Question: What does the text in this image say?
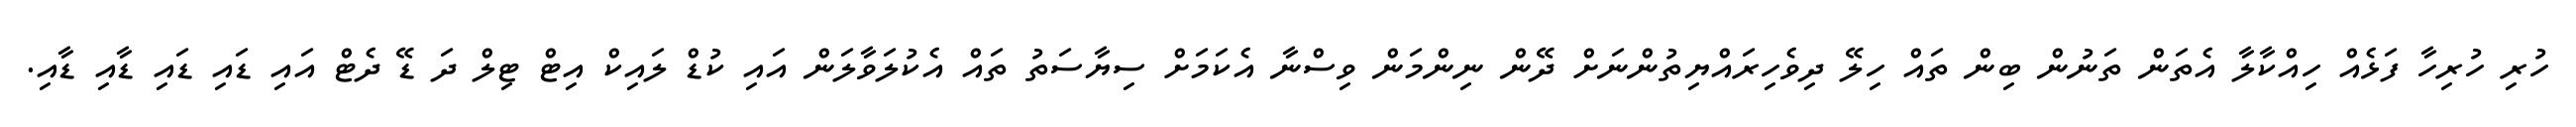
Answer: ހުރި ހުރިހާ ފަޅެއް ހިއްކާލާ އެތަން ތަނުން ބިން ތައް ހިލޭ ދިވެހިރައްޔިތުންނަށް ދޭން ނިންމަން ވިސްނާ އެކަމަށް ސިޔާސަތު ތައް އެކުލަވާލަން އައި ކުޑް ލައިކް އިޓް ޓިލް ދަ ޑޭ ދެޓް އައި ޑައި ޑައި ޑާއި ޑާއި.